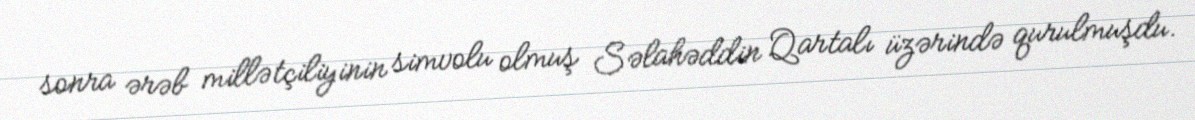
sonra ərəb millətçiliyinin simvolu olmuş Səlahəddin Qartalı üzərində qurulmuşdu.